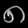
Digit: ၈